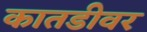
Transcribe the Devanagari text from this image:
कातडीवर